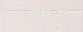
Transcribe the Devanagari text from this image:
अयोबाहु